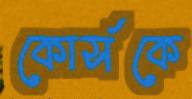
কোর্সকে